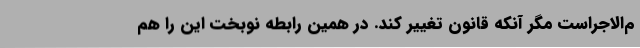
م‌الاجراست مگر آنکه قانون تغییر کند. در همین رابطه نوبخت این را هم